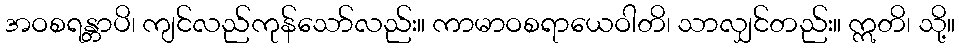
အဝစရန္တာပိ၊ ကျင်လည်ကုန်သော်လည်း။ ကာမာဝစရာယေဝါတိ၊ သာလျှင်တည်း။ ဣတိ၊ သို့။